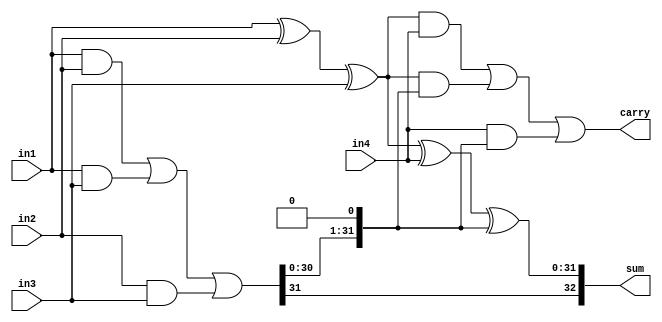
module acc_csa4to2 (
    in1,
    in2,
    in3,
    in4,
    sum,
    carry
);
parameter CSA_WIDTH = 32;
input [CSA_WIDTH - 1:0] in1;
input [CSA_WIDTH - 1:0] in2;
input [CSA_WIDTH - 1:0] in3;
input [CSA_WIDTH - 1:0] in4;
output [CSA_WIDTH:0] sum;
output [CSA_WIDTH - 1:0] carry;


wire [CSA_WIDTH - 1:0] carry_tmp;
assign carry_tmp = (in1 & in2) | (in1 & in3) | (in2 & in3);
assign sum = {carry_tmp[CSA_WIDTH - 1],in1 ^ in2 ^ in3 ^ in4 ^ {carry_tmp[CSA_WIDTH - 2:0],1'b0}};
assign carry = ((in1 ^ in2 ^ in3) & in4) | ((in1 ^ in2 ^ in3) & {carry_tmp[CSA_WIDTH - 2:0],1'b0}) | (in4 & {carry_tmp[CSA_WIDTH - 2:0],1'b0});
endmodule